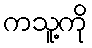
ကသူ့ကို